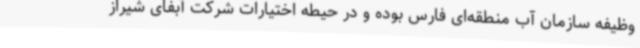
وظیفه سازمان آب منطقه‌ای فارس بوده و در حیطه اختیارات شرکت آبفای شیراز